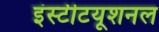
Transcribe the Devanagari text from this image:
इंस्‍टीटयूशनल